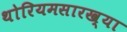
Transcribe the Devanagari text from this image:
थोरियमसारख्या